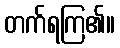
တက်ရကြ၏။